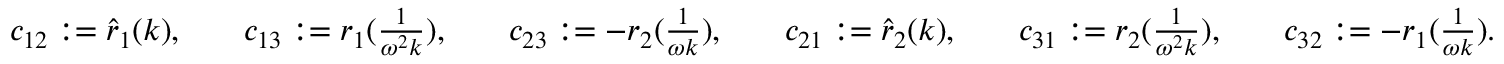
\begin{array} { r l r l r l r l r l r l } & { c _ { 1 2 } : = \hat { r } _ { 1 } ( k ) , } & & { c _ { 1 3 } : = r _ { 1 } ( \frac { 1 } { \omega ^ { 2 } k } ) , } & & { c _ { 2 3 } : = - r _ { 2 } ( \frac { 1 } { \omega k } ) , } & & { c _ { 2 1 } : = \hat { r } _ { 2 } ( k ) , } & & { c _ { 3 1 } : = r _ { 2 } ( \frac { 1 } { \omega ^ { 2 } k } ) , } & & { c _ { 3 2 } : = - r _ { 1 } ( \frac { 1 } { \omega k } ) . } \end{array}